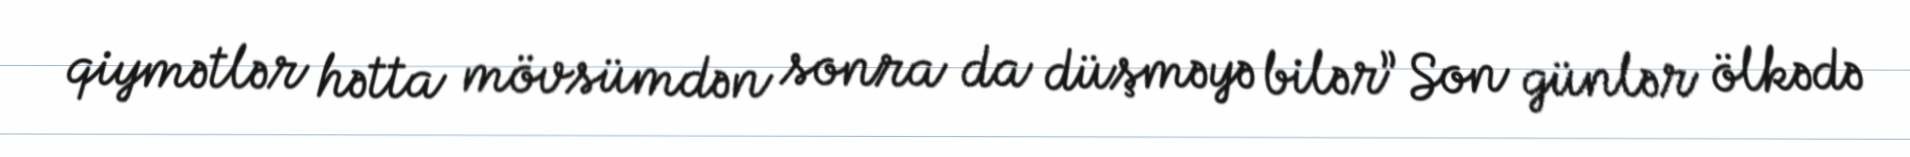
qiymətlər hətta mövsümdən sonra da düşməyə bilər” Son günlər ölkədə